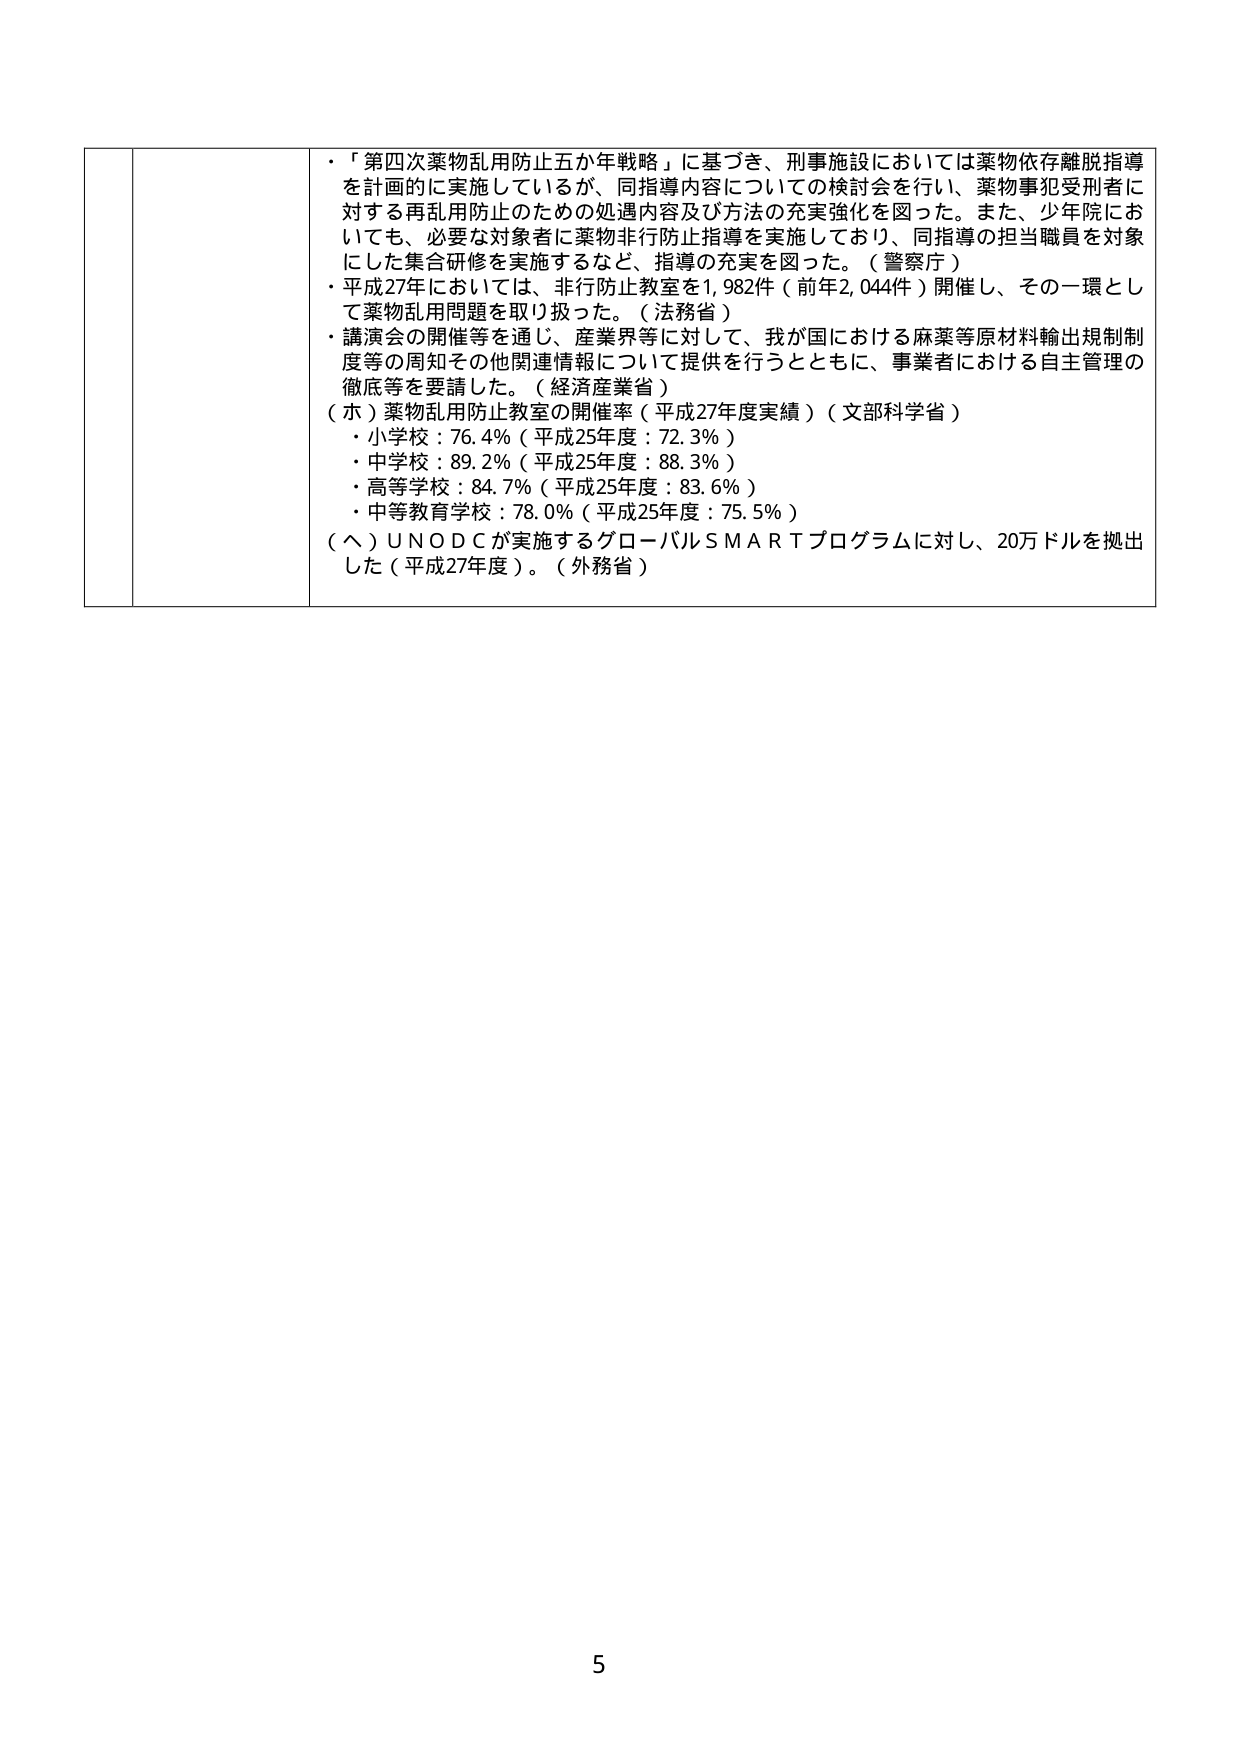
・「第四次薬物乱用防止五か年戦略」に基づき、刑事施設においては薬物依存離脱指導を計画的に実施しているが、同指導内容についての検討会を行い、薬物事犯受刑者に対する再乱用防止のための処遇内容及び方法の充実強化を図った。また、少年院においても、必要な対象者に薬物非行防止指導を実施しており、同指導の担当職員を対象にした集合研修を実施するなど、指導の充実を図った。（警察庁）

・平成27年においては、非行防止教室を1,982件（前年2,044件）開催し、その一環として薬物乱用問題を取り扱った。（法務省）

・講演会の開催等を通じ、産業界等に対して、我が国における麻薬等原材料輸出規制制度等の周知その他関連情報について提供を行うとともに、事業者における自主管理の徹底等を要請した。（経済産業省）

（ホ）薬物乱用防止教室の開催率（平成27年度実績）（文部科学省）
・小学校：76.4％（平成25年度：72.3％）
・中学校：89.2％（平成25年度：88.3％）
・高等学校：84.7％（平成25年度：83.6％）
・中等教育学校：78.0％（平成25年度：75.5％）

（ヘ）UNODCが実施するグローバルSMARTプログラムに対し、20万ドルを拠出した（平成27年度）。（外務省）

5